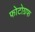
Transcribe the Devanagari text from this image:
फोटोग्रफ